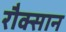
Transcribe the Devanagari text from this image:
रौक्सान